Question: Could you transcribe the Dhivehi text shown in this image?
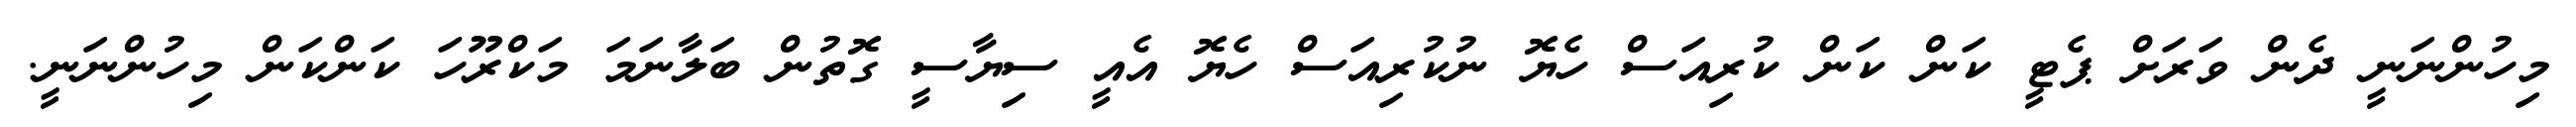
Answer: މިހުންނަނީ ދެން ވަރަށް ޕެޓީ ކަން ކަން ކުރިއަސް ހެޔޮ ނުކުރިއަސް ހެޔޮ އެއީ ސިޔާސީ ގޮތުން ބަލާނަމަ މަކްރޫހަ ކަންކަން މިހުންނަނީ.